Annual statistical returns and brief notes on vaccination in Bengal - 1909-1929
Year: 1909
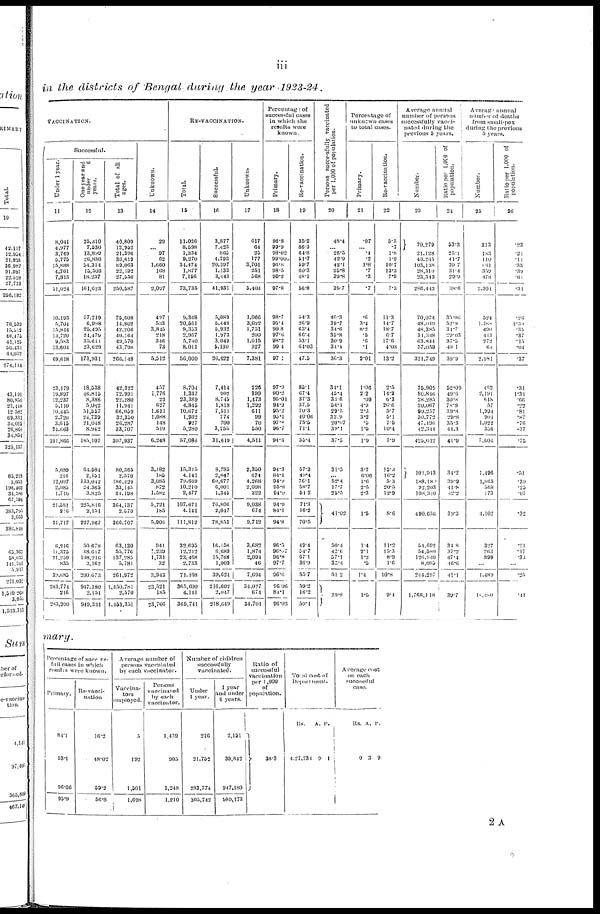
iii
in the districts of Bengal during the year 1923-24.
VACCINATION.
Successful.
Under 1 year.
11
8,041
4,977
3,769
5,775
15,888
4,761
7,813
51,024
10,193
5,704
15,814
14,720
9,583
13,604
69,618
23,179
19,897
12,237
5,110
10,440
2,720
3,615
24,663
101,866
5,689
216
12,097
2,083
1,710
21,581
216
21,717
6,216
11,375
21,259
835
39,685
283,774
216
283,990
One year and
under
6
years.
12
25,310
7,530
13,899
20,830
54,314
10,503
18,237
161,623
57,719
6,998
25,495
24,479
35,611
23,629
173,931
18,538
46,815
8,386
5,082
51,557
24,739
21,018
8,942
185,107
64,684
2,151
133,012
24,365
3,825
225,816
2,451
227,967
50,678
38,617
108,216
3,162
200,673
947,180
2,151
949,331
Total of all
ages.
13
40,809
12,952
21,396
36,619
89,063
22,192
27,056
250,587
75,608
14,802
42,206
40,164
49,570
43,798
266,148
42,322
72,991
22,280
11,941
66,059
32,350
26,287
33,707
307,937
80,365
2,570
186,429
33,145
64,198
364,137
2,570
366,707
63,130
55,776
137,285
5,781
261,972
1,450,781
2,570
1,453,351
Unknown.
14
29
...
97
62
1,660
168
81
2,097
497
5,33
3,845
218
346
73
5,512
457
1,776
22
627
1,611
1,088
148
519
6,248
3,182
185
3,085
872
1,582
5,721
185
5,908
941
1,239
1,731
32
3,943
23,521
185
23,706
RE-VACCINATION.
Total.
15
11,026
8,598
1,334
9,270
34,474
1,877
7,156
73,735
9,368
20,561
9,353
2,067
5,710
8,011
56,000
8,704
1,337
23,389
4,845
10,672
1,932
927
5,280
57,086
15,315
4,141
79,669
10,210
2,477
107,671
4,141
111,812
32,600
12,212
23,468
2,733
71,108
365,600
4,141
369,741
Successful.
16
3,877
7,423
865
4,793
20,397
1,133
3,443
41,931
5,080
5,449
5,932
1,973
3,049
5,130
26,622
7,414
902
8,745
1,818
7,511
774
700
3,755
31,619
8,783
2,047
60,677
6,001
1,345
76,806
2,047
78,853
16,158
6,689
15,768
1,009
39,624
216,602
2,047
218,619
Unknown.
17
617
64
25
177
3,701
251
568
5,403
1,066
3,022
1,751
200
1,015
327
7,381
226
190
1,473
1,292
611
90
70
550
4,511
2,350
674
4,268
2,098
322
9,038
674
9,712
3,682
1,874
2,094
46
7,094
34,027
674
34,701
Percentage of
successful cases
in which the
results were
known.
Primary.
18
96.8
99.9
98.02
99.003
90.8
98.5
99.2
97.8
98.7
95.4
90.8
97.6
98.2
99.4
97.1
97.9
90.2
95.01
94.9
95.2
95.1
97.8
96.7
94.6
94.3
84.1
94.9
95.8
94.9
94.9
84.1
94.8
96.5
96.07
96.8
97.7
96.6
96.06
84.1
96.03
Re-vaccination.
19
35.2
86.3
64.8
51.7
59.7
60.3
48.1
56.8
54.3
26.9
63.4
66.4
53.1
64.03
47.5
85.1
67.4
37.3
37.5
70.3
40.06
75.5
71.1
55.4
57.3
49.4
76.1
58.7
54.2
71.3
16.2
70.5
49.4
54.7
67.1
36.9
55.7
59.2
16.2
59.1
Persons successfully Vaccinated
per 1,000 of population.
20
48.4
... 26.5
42.9
42.1
25.8
39.8
39.7
40.3
39.7
34.6
35.8
30.9
34.1
36.3
34.1
45.4
33.6
54.1
29.5
32.9
20.07
39.1
37.5
31.5
... 52.4
17.7
25.5
41.02
50.4
42.6
57.1
33.4
51.2
39.8
Percentage of
unknown cases
to total cases.
Primary.
21
.07
... .4
.2
1.8
.7
.3
.7
.6
3.4
8.2
.5
.6
.1
2.01
1.06
2.2
.09
4.9
2.3
3.2
.5
1.5
1.9
3.7
6.06
1.6
2.5
2.3
1.5
1.4
2.1
1.2
.5
1.4
1.5
Re-vaccination.
22
5.5
.7
1.8
1.9
10.7
13.3
7.9
7.3
11.3
14.7
18.7
6.7
17.6
4.08
13.2
2.5
14.2
6.3
26.6
5.7
5.1
7.5
10.4
7.9
15.3
16.2
5.3
20.5
12.9
8.6
11.2
15.3
8.9
1.6
10.8
9.4
Average annual
number of persons
successfully
vacci-
nated during the
previous 5 years.
Number.
23
70,279
21,128
40,245
103,138
28,310
23,313
286,443
70,074
48,049
48,385
34,348
63,844
57,059
321,749
75,905
80,816
28,285
20,067
99,257
30,772
47,496
42,344
420,012
101,913
188,183
92,203
108,340
490,636
54,692
54,580
126,940
8,085
244,297
1,768,148
Ratio per 1,000 of
population.
24
53.3
25.1
41.7
39.7
31.4
29.9
38.6
35.06
52.9
31.7
29.03
37.0
40.1
39.9
52.09
49.6
30.8
78.9
39.8
29.8
35.3
44.3
41.9
34.2
39.9
41.8
42.2
39.3
34.8
37.2
47.4
46.6
41.1
39.7
Average annual
number of deaths
from small-pox
during the previous
5 years.
Number.
25
313
183
140
861
359
478
2,301
524
1,488
490
413
272
64
2,981
462
2,191
618
57
1,994
904
1,022
356
7.604
1,496
1,865
568
173
4,102
327
263
899
...
1,489
18,480
Ratio per 1,000 of
population.
26
.23
.21
.11
.33
.39
.61
.31
.26
1.30
.35
.37
.15
.04
.37
.31
1.34
.66
.22
.81
.87
.76
.37
.75
.51
.39
.25
.07
.32
.21
.17
.33
...
.25
.41
mary.
Percentage of success-
full cases in which
results were known.
Primary.
84.1
93.1
96.06
95.9
Re-vacci-
nation
16.2
48.02
59.2
56.8
Average number of
persons vaccinated
by each vaccinator.
Vaccina-
tors
employed.
5
192
1,501
1,698
Persons
vaccinated
by each
vaccinator.
1,439
905
1,248
1,210
Number of children
successfully
vaccinated.
Under
1 year.
216
21,752
283,774
305,742
1 year
and under
6 years.
2,151
30,842
047,180
989,173
Ratio of successful
vaccination per 1,00
population.
38.3
Total Cost of
Department.
Rs.
4,27,731
A.
9
P.
1
Average cost
on each
successful
case.
Rs.
0
A.
3
P.
9
2A